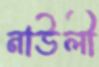
নাউলী